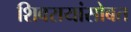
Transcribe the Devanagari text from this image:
शिवरायांसोबत